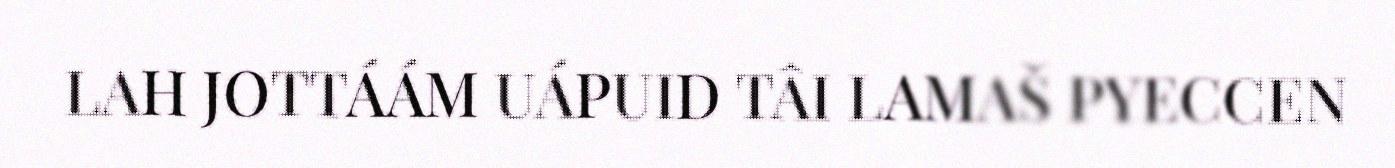
LAH JOTTÁÁM UÁPUID TÂI LAMAŠ PYECCEN